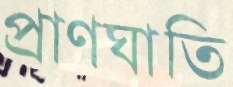
প্রাণঘাতি